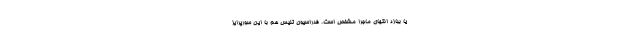
یا ببازد انتهای ماجرا مشخص است. فدراسیون تنیس هم با این سورپرایز